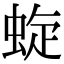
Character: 蜁